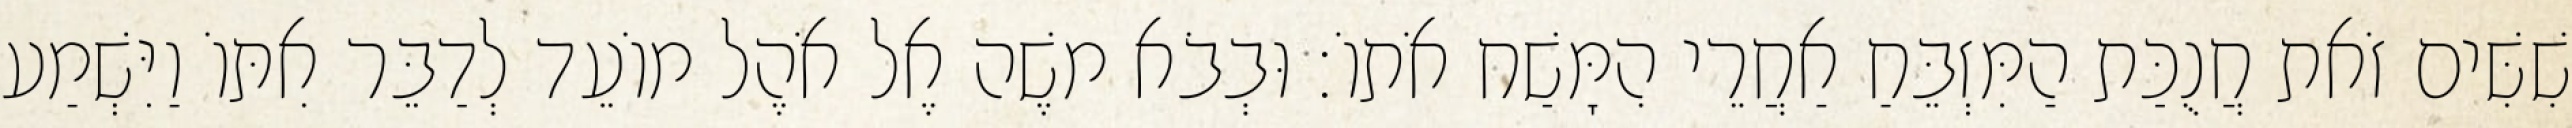
שִׁשִּׁים זֹאת חֲנֻכַּת הַמִּזְבֵּחַ אַחֲרֵי הִמָּשַׁח אֹתוֹ׃ וּבְבֹא משֶׁה אֶל אֹהֶל מוֹעֵד לְדַבֵּר אִתּוֹ וַיִּשְׁמַע